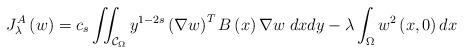
LaTeX: \begin{align*}J^{A}_\lambda \left( w\right) = c_{s} \iint_{\mathcal{C}_{\Omega}}y^{1-2s}\left( \nabla w\right) ^{T}B\left( x\right) \nabla w\; dxdy-\lambda \int_{\Omega }w^{2}\left( x,0\right) dx \end{align*}